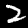
Digit: 2